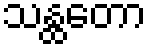
သန္ထတော